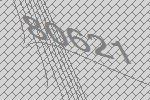
80621